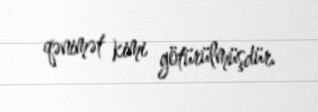
qənimət kimi götürülmüşdür.